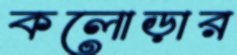
কলোড়ার